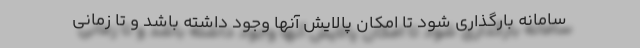
سامانه بارگذاری شود تا امکان پالایش آنها وجود داشته باشد و تا زمانی